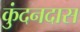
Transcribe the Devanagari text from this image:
कुंदनदास